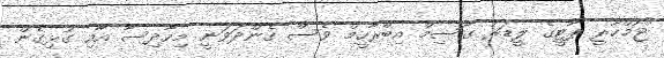
"ޖުމްހޫރީ ޕާޓީގެ ލީޑަރު ގާސިމް އިބްރާހީމް ވެސް ގެންދަވަނީ މިހާދިސާ އާއި ގުޅިގެން